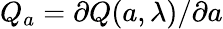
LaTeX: Q_{a}=\partial Q(a,\lambda)/\partial a